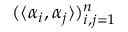
( \langle \alpha _ { i } , \alpha _ { j } \rangle ) _ { i , j = 1 } ^ { n }